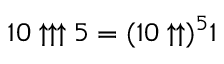
1 0 \uparrow \uparrow \uparrow 5 = ( 1 0 \uparrow \uparrow ) ^ { 5 } 1